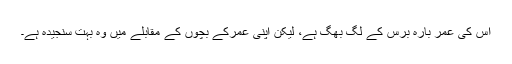
اس کی عمر بارہ برس کے لگ بھگ ہے، لیکن اپنی عمرکے بچوں کے مقابلے میں وہ بہت سنجیدہ ہے۔